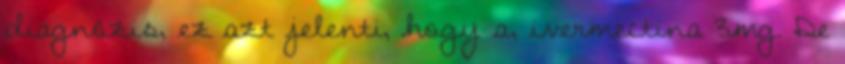
diagnózis, ez azt jelenti, hogy a, ivermectina 3mg. De